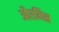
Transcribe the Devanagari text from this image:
औरमिस्र